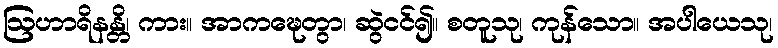
ဩဟာရိနန္တိ၊ ကား။ အာကဍ္ဎေတွာ၊ ဆွဲငင်၍။ စတူသု၊ ကုန်သော။ အပါယေသု၊